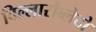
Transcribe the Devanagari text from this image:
विल्लार्रोब्लेदो